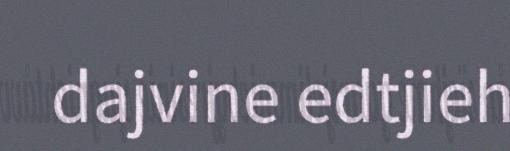
dajvine edtjieh